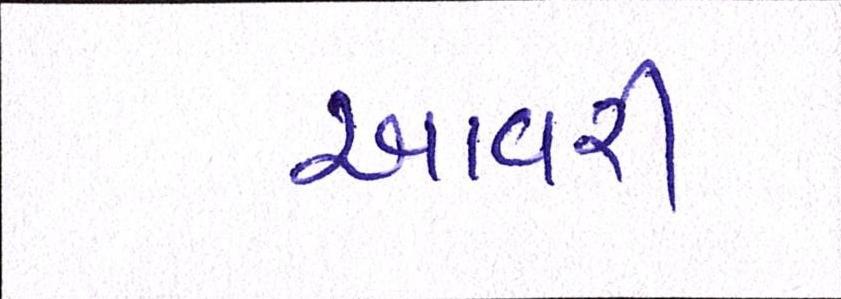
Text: આવરી